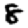
Digit: 8